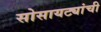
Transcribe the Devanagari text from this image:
सोसायट्यांची